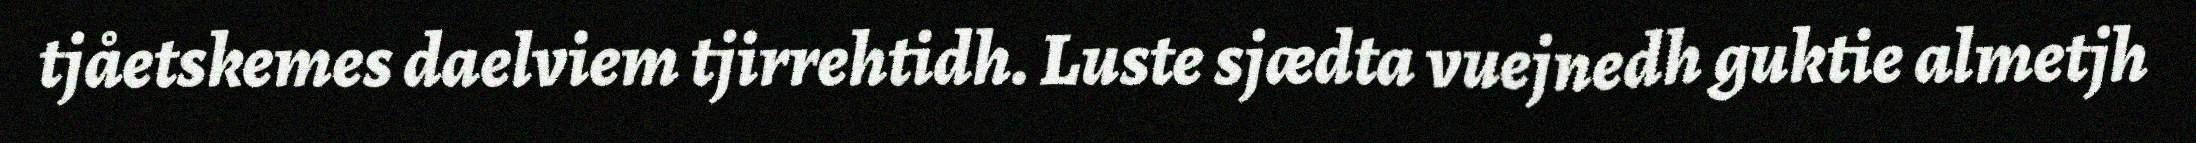
tjåetskemes daelviem tjirrehtidh. Luste sjædta vuejnedh guktie almetjh